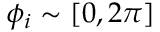
\phi _ { i } \sim [ 0 , 2 \pi ]